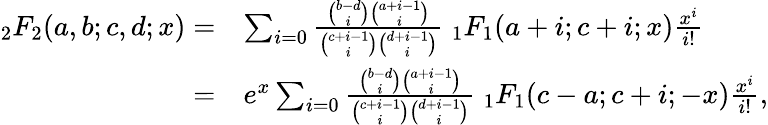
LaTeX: {\begin{array}{rl}{_{2}F_{2}(a,b;c,d;x)=}&{\sum_{i=0}{\frac{{\binom{b-d}{i}}{\binom{a+i-1}{i}}}{{\binom{c+i-1}{i}}{\binom{d+i-1}{i}}}}\; _{1}F_{1}(a+i;c+i;x){\frac{x^{i}}{i!}}}\\ {=}&{e^{x}\sum_{i=0}{\frac{{\binom{b-d}{i}}{\binom{a+i-1}{i}}}{{\binom{c+i-1}{i}}{\binom{d+i-1}{i}}}}\; _{1}F_{1}(c-a;c+i;-x){\frac{x^{i}}{i!}},}\end{array}}